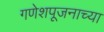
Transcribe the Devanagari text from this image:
गणेशपूजनाच्या